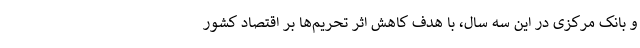
و بانک مرکزی در این سه سال، با هدف کاهش اثر تحریم‌ها بر اقتصاد کشور